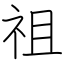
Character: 祖